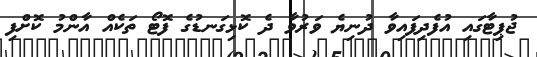
ޖުޕިޓާގައި އުފެދިފައިވާ ދުނިޔެ ވަރުވާ ދެ ކޮޅިގަނޑުގެ ފޮޓޯ ތަކެއް އާންމު ކޮށްފި